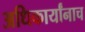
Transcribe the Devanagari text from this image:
अधिकार्यांनाच